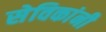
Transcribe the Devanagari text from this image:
सेविकांनी